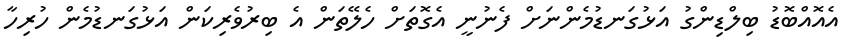
އެއޮއްްބޮޑު ބިލްޑިންގު އަޅުގަނޑުމެންނަށް ފެނުނީ އެގޮތަށް ހެލޭތަން އެ ބިރުވެރިކަން އަޅުގަނޑުމެން ހުރިހާ